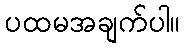
ပထမအချက်ပါ။